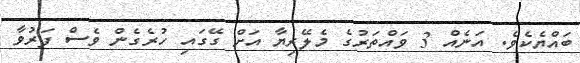
ބައްޔެކެވެ. އަނެއް 3 ވައްތަރުގެ މެލޭރިޔާ އަށް ގޭގައި ހުރެގެން ވެސް ފަރުވާ